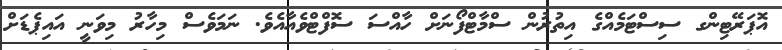
އޮޕަރޭޓިންގ ސިސްޓަމެއްގެ އިތުރުން ސްމާޓްފޯނަށް ހާއްސަ ސޮފްޓްވެއާއެވެ. ނަމަވެސް މިހާރު މިވަނީ އައިޕެޑަށް